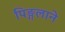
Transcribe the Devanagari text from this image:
पिङ्गलाने